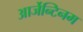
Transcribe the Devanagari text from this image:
आर्जेन्टिनम